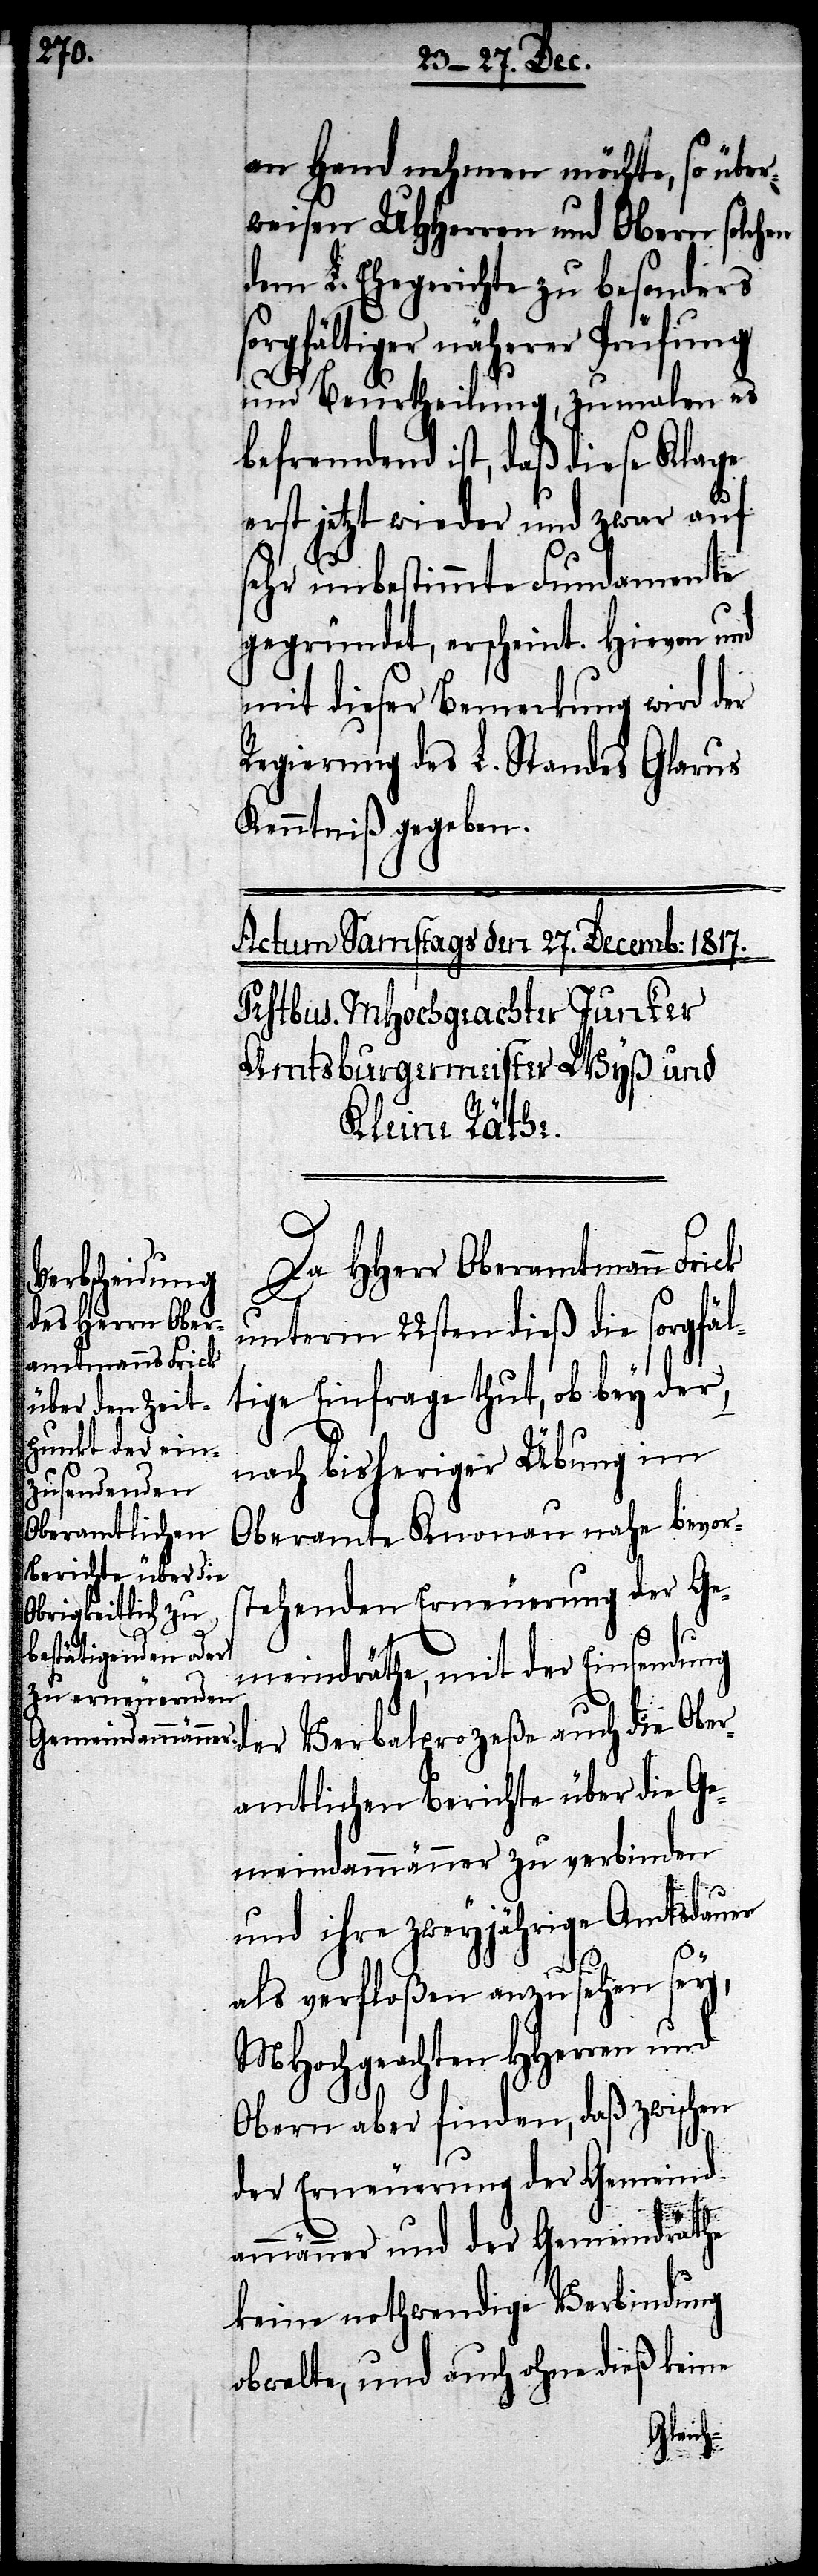
an Hand nehmen möchte, so über¬
weisen UHHerren und Obern solchen
dem L. Ehegerichte zu besonders
rgfältiger näherer Prüfung
und Beurtheilung, zumalen es
befremdend ist, daß diese Klage
erst jetzt wieder und zwar auf
sehr unbestimmte Fundamente
gegründet, erscheint. Hievon und
mit dieser Bemerkung wird der
Regierung des L. Standes Glarus
Kenntniß gegeben.
Da HHerr Oberamtmann Fri¬
ck
unterm 22ten dieß die sorgfäl¬
tige Einfrage thut, ob bey der
nach bisheriger Übung im
Oberamte Knonau nahe bevors¬
tehenden Erneuerung der Ge¬
meindrähte, mit der Einsendung
der Verbalprozeße auch die Ober¬
amtlichen Bericht über die Ge¬
meindammänner zu verbinden
und ihre zweyjährige Amtsdauer
als verfloßen anzusehen sey,
MHochgeachten HHerren und
Obern aber finden, daß zwischen
der Erneuerung der Gemeind¬
so¬
ammänner und der Gemeindräthe
keine nothwendige Verbindung
obwalte, und auch ohne dieß keine